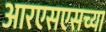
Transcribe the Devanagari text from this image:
आरएसएसच्या